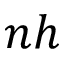
n h